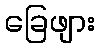
ခြေဖျား